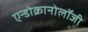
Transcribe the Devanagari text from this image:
एन्डोक्रानोलॉजी